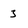
Character: 3